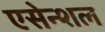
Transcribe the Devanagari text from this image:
एसेन्शल